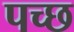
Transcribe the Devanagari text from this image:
पच्‍छ